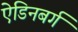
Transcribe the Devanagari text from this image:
ऐडिनबर्ग